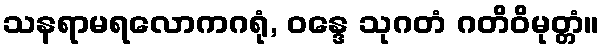
သနရာမရလောကဂရုံ, ဝန္ဒေ သုဂတံ ဂတိဝိမုတ္တံ။